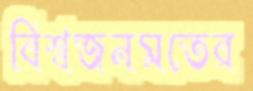
বিশ্বজনমতের